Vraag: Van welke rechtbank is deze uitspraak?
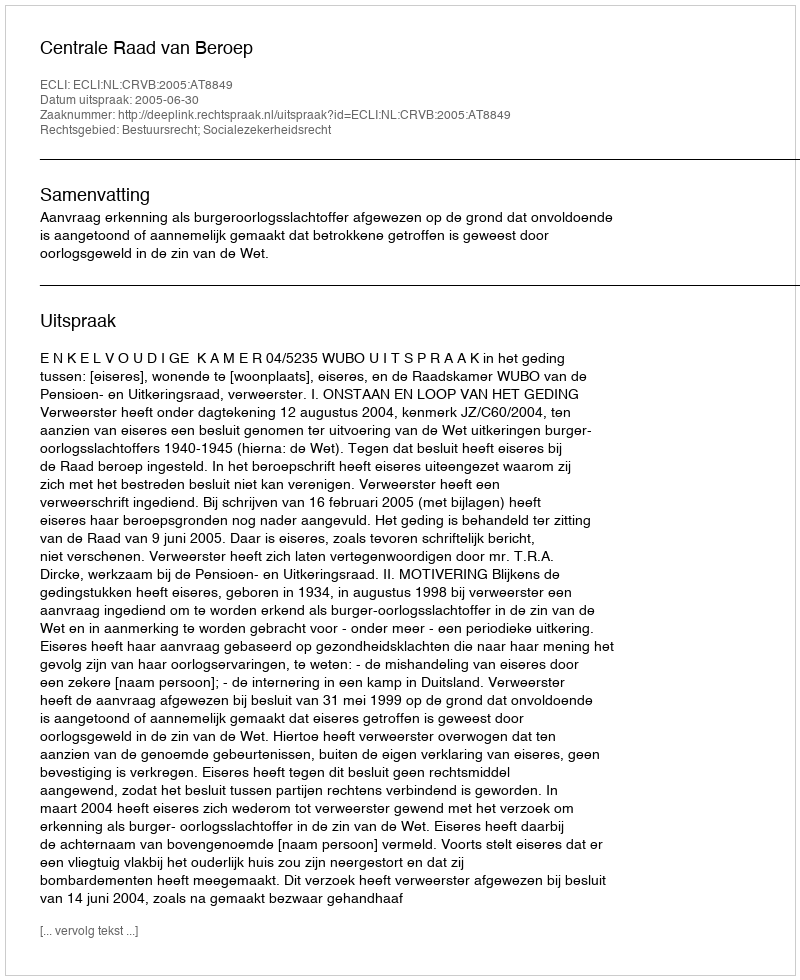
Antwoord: Centrale Raad van Beroep